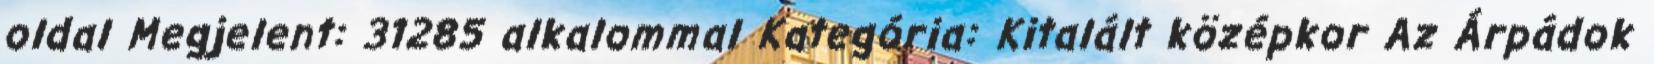
oldal Megjelent: 31285 alkalommal Kategória: Kitalált középkor Az Árpádok